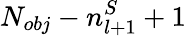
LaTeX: N_{obj}-n_{l+1}^{S}+1